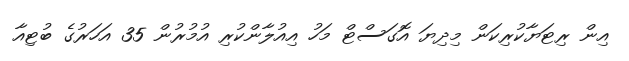
އިން ރިޓަޔާކުރިކަން މިދިޔަ އޮގަސްޓް މަހު އިއުލާންކުރި އުމުރުން 35 އަހަރުގެ ބުޓިއާ